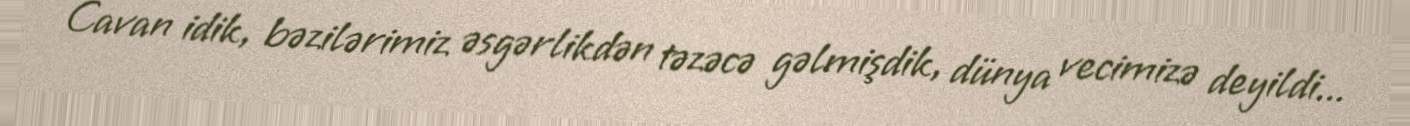
Cavan idik, bəzilərimiz əsgərlikdən təzəcə gəlmişdik, dünya vecimizə deyildi...